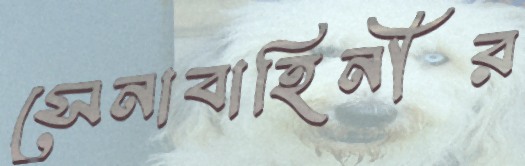
সেনাবাহিনীর